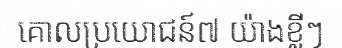
គោលប្រយោជន៍៧ យ៉ាងខ្លីៗ